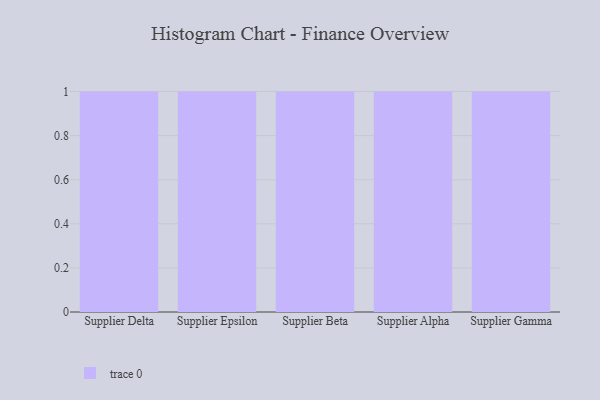
{"axis": {"x": "Supplier", "y": "Revenue (USD Million)"}, "legend": [""], "data": [{"x": "Supplier Delta", "y": 86, "type": ""}, {"x": "Supplier Epsilon", "y": 19, "type": ""}, {"x": "Supplier Beta", "y": 32, "type": ""}, {"x": "Supplier Alpha", "y": 45, "type": ""}, {"x": "Supplier Gamma", "y": 10, "type": ""}]}